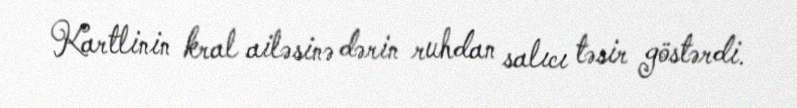
Kartlinin kral ailəsinə dərin ruhdan salıcı təsir göstərdi.